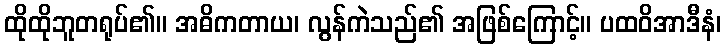
ထိုထိုဘူတရုပ်၏။ အဓိကတာယ၊ လွန်ကဲသည်၏ အဖြစ်ကြောင့်။ ပထဝိအာဒီနံ၊